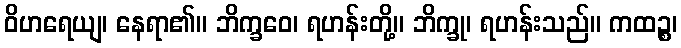
ဝိဟရေယျ၊ နေရာ၏။ ဘိက္ခဝေ၊ ရဟန်းတို့။ ဘိက္ခု၊ ရဟန်းသည်။ ကထဉ္စ၊